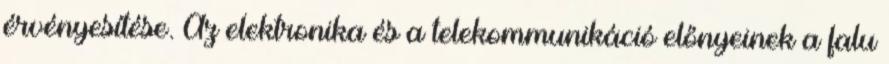
érvényesítése. Az elektronika és a telekommunikáció előnyeinek a falu